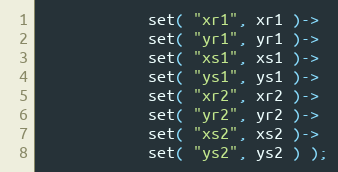
Language: C++
            set( "xr1", xr1 )->
            set( "yr1", yr1 )->
            set( "xs1", xs1 )->
            set( "ys1", ys1 )->
            set( "xr2", xr2 )->
            set( "yr2", yr2 )->
            set( "xs2", xs2 )->
            set( "ys2", ys2 ) );